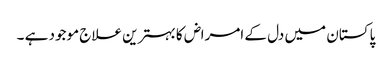
پاکستان میں دل کے امراض کا بہترین علاج موجود ہے ۔